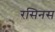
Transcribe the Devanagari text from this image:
रसिनस